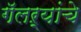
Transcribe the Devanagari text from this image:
गॅलऱ्यांचे